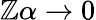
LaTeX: \mathbb{Z}\alpha\rightarrow0